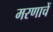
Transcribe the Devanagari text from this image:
मरणाचें